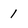
Character: 1